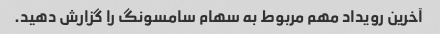
آخرین رویداد مهم مربوط به سهام سامسونگ را گزارش دهید.